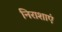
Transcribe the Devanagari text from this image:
निराशाएं